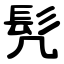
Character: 髠